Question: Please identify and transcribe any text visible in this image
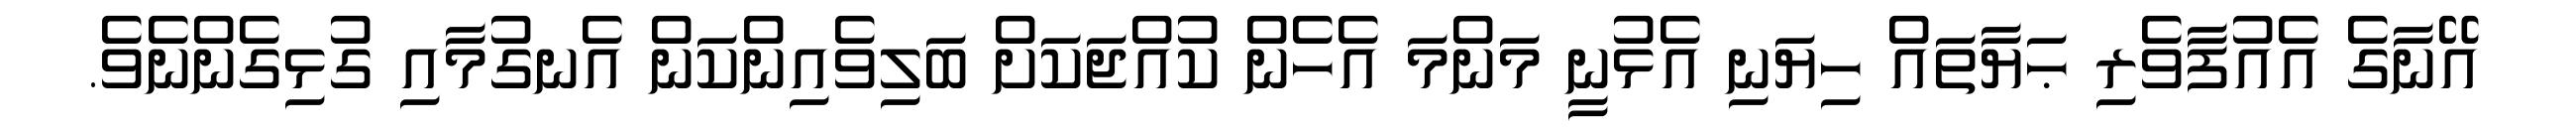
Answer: އޭނާގެ އެއުފާވެރި ޙަޔާތައް ހިޔަނި އެޅުނީ މަންމަ އެހެން ކުއްޖަކަށް ބަލިވެއިންކަން އެނގުމާއި ގުޅިގެންނެވެ.